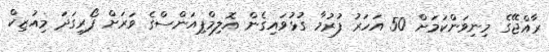
ރާއްޖޭގެ މިނިވަންކަމަށް 50 އަހަރު ފުރުމާ ގުޅުވައިގެން އޮލިމްޕިއަންސްގެ ވަރަށް ފޯރިގަދަ މިއުޒިކް